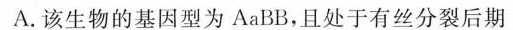
A.该生物的基因型为AaBB，且处于有丝分裂后期